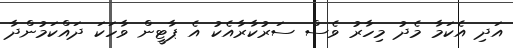
އަދި އެކަމާ މެދު މިހާރު ވެސް ސަރުކާރާއެކު އެ ޕާޓީން ވާހަކަ ދައްކަމުންދާ